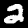
Label: 2